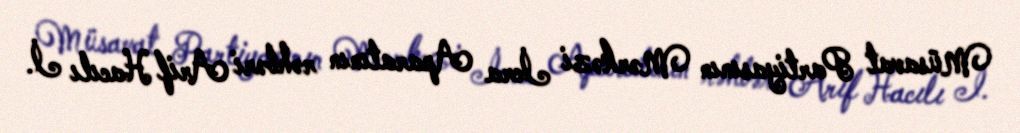
Müsavat Partiyasının Mərkəzi İcra Aparatının rəhbəri Arif Hacılı İ.